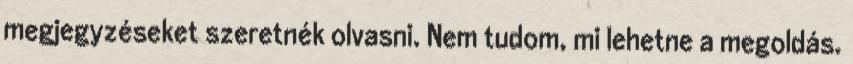
megjegyzéseket szeretnék olvasni. Nem tudom, mi lehetne a megoldás.